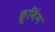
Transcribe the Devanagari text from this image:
क्रूनिंग